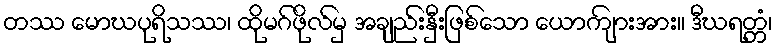
တဿ မောဃပုရိသဿ၊ ထိုမဂ်ဖိုလ်မှ အချည်းနှီးဖြစ်သော ယောကျ်ားအား။ ဒီဃရတ္တံ၊